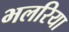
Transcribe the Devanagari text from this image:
भलरिया